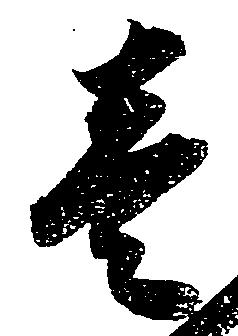
壱